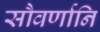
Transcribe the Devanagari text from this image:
सौवर्णानि